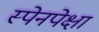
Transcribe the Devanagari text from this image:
स्पेनपेक्षा